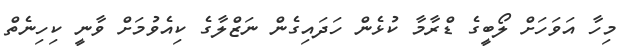
މިހާ އަވަހަށް ލޯބީގެ ޑްރާމާ ކުޅެން ހަދައިގެން ނަޒްލާގެ ކިއެވުމަށް ވާނީ ކިހިނެތް